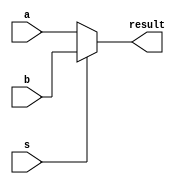
`timescale 1ns / 1ps
//////////////////////////////////////////////////////////////////////////////////
// Company: 
// Engineer: 
// 
// Design Name: 
// Module Name:    mux 
// Project Name: 
// Target Devices: 
// Tool versions: 
// Description: 
//
// Dependencies: 
//
// Revision: 
// Revision 0.01 - File Created
// Additional Comments: 
//
//////////////////////////////////////////////////////////////////////////////////
module mux2 #(parameter WIDTH=32)
   (input [WIDTH-1:0] a,b,
	input s,
    output [WIDTH-1:0] result);
	  
    assign result = (s == 0) ? a : b;

endmodule

module mux4 #(parameter WIDTH=32)
   (input [WIDTH-1:0] a,b,c,d,
	input [1:0] s,
    output reg [WIDTH-1:0] result);
	  
    always @ ( * ) begin
	    case(s)
			2'b00: result <= a;
			2'b01: result <= b;
			2'b10: result <= c;
			2'b11: result <= d;
			default: result <= 0;
	    endcase
	end

endmodule

module mux8 #(parameter WIDTH=32)
   (input [WIDTH-1:0] a,b,c,d,e,f,g,h,
	input [2:0] s,
    output reg [WIDTH-1:0] result);
	  
    always @ ( * ) begin
	    case(s)
			3'b000: result <= a;
			3'b001: result <= b;
			3'b010: result <= c;
			3'b011: result <= d;
			3'b100: result <= e;
			default: result <= 0;
	    endcase
	end
	
endmodule